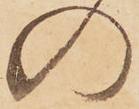
の